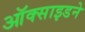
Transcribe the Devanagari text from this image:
ऑक्साइडने